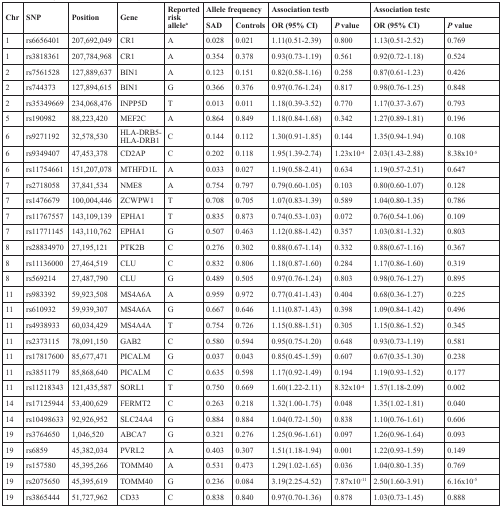
<table><thead><tr><td rowspan="2"><b>Chr</b></td><td rowspan="2"><b>SNP</b></td><td rowspan="2"><b>Position</b></td><td rowspan="2"><b>Gene</b></td><td rowspan="2"><b>Reported risk allele<sup>a</sup></b></td><td colspan="2"><b>Allele frequency</b></td><td colspan="2"><b>Association test<sup>b</sup></b></td><td colspan="2"><b>Association test<sup>c</sup></b></td></tr><tr><td><b>SAD</b></td><td><b>Controls</b></td><td><b>OR (95% CI)</b></td><td><b><i>P</i> value</b></td><td><b>OR (95% CI)</b></td><td><b><i>P</i> value</b></td></tr></thead><tbody><tr><td>1</td><td>rs6656401</td><td>207,692,049</td><td>CR1</td><td>A</td><td>0.028</td><td>0.021</td><td>1.11(0.51-2.39)</td><td>0.800</td><td>1.13(0.51-2.52)</td><td>0.769</td></tr><tr><td>1</td><td>rs3818361</td><td>207,784,968</td><td>CR1</td><td>A</td><td>0.354</td><td>0.378</td><td>0.93(0.73-1.19)</td><td>0.561</td><td>0.92(0.72-1.18)</td><td>0.524</td></tr><tr><td>2</td><td>rs7561528</td><td>127,889,637</td><td>BIN1</td><td>A</td><td>0.123</td><td>0.151</td><td>0.82(0.58-1.16)</td><td>0.258</td><td>0.87(0.61-1.23)</td><td>0.426</td></tr><tr><td>2</td><td>rs744373</td><td>127,894,615</td><td>BIN1</td><td>G</td><td>0.366</td><td>0.376</td><td>0.97(0.76-1.24)</td><td>0.817</td><td>0.98(0.76-1.25)</td><td>0.848</td></tr><tr><td>2</td><td>rs35349669</td><td>234,068,476</td><td>INPP5D</td><td>T</td><td>0.013</td><td>0.011</td><td>1.18(0.39-3.52)</td><td>0.770</td><td>1.17(0.37-3.67)</td><td>0.793</td></tr><tr><td>5</td><td>rs190982</td><td>88,223,420</td><td>MEF2C</td><td>A</td><td>0.864</td><td>0.849</td><td>1.18(0.84-1.68)</td><td>0.342</td><td>1.27(0.89-1.81)</td><td>0.196</td></tr><tr><td>6</td><td>rs9271192</td><td>32,578,530</td><td>HLA-DRB5-HLA-DRB1</td><td>C</td><td>0.144</td><td>0.112</td><td>1.30(0.91-1.85)</td><td>0.144</td><td>1.35(0.94-1.94)</td><td>0.108</td></tr><tr><td>6</td><td>rs9349407</td><td>47,453,378</td><td>CD2AP</td><td>C</td><td>0.202</td><td>0.118</td><td>1.95(1.39-2.74)</td><td>1.23 × 10<sup>−4</sup></td><td>2.03(1.43-2.88)</td><td>8.38 × 10<sup>−5</sup></td></tr><tr><td>6</td><td>rs11754661</td><td>151,207,078</td><td>MTHFD1L</td><td>A</td><td>0.033</td><td>0.027</td><td>1.19(0.58-2.41)</td><td>0.634</td><td>1.19(0.57-2.51)</td><td>0.647</td></tr><tr><td>7</td><td>rs2718058</td><td>37,841,534</td><td>NME8</td><td>A</td><td>0.754</td><td>0.797</td><td>0.79(0.60-1.05)</td><td>0.103</td><td>0.80(0.60-1.07)</td><td>0.128</td></tr><tr><td>7</td><td>rs1476679</td><td>100,004,446</td><td>ZCWPW1</td><td>T</td><td>0.708</td><td>0.705</td><td>1.07(0.83-1.39)</td><td>0.589</td><td>1.04(0.80-1.35)</td><td>0.786</td></tr><tr><td>7</td><td>rs11767557</td><td>143,109,139</td><td>EPHA1</td><td>T</td><td>0.835</td><td>0.873</td><td>0.74(0.53-1.03)</td><td>0.072</td><td>0.76(0.54-1.06)</td><td>0.109</td></tr><tr><td>7</td><td>rs11771145</td><td>143,110,762</td><td>EPHA1</td><td>G</td><td>0.507</td><td>0.463</td><td>1.12(0.88-1.42)</td><td>0.357</td><td>1.03(0.81-1.32)</td><td>0.803</td></tr><tr><td>8</td><td>rs28834970</td><td>27,195,121</td><td>PTK2B</td><td>C</td><td>0.276</td><td>0.302</td><td>0.88(0.67-1.14)</td><td>0.332</td><td>0.88(0.67-1.16)</td><td>0.367</td></tr><tr><td>8</td><td>rs11136000</td><td>27,464,519</td><td>CLU</td><td>C</td><td>0.832</td><td>0.806</td><td>1.18(0.87-1.60)</td><td>0.284</td><td>1.17(0.86-1.60)</td><td>0.319</td></tr><tr><td>8</td><td>rs569214</td><td>27,487,790</td><td>CLU</td><td>G</td><td>0.489</td><td>0.505</td><td>0.97(0.76-1.24)</td><td>0.803</td><td>0.98(0.76-1.27)</td><td>0.895</td></tr><tr><td>11</td><td>rs983392</td><td>59,923,508</td><td>MS4A6A</td><td>A</td><td>0.959</td><td>0.972</td><td>0.77(0.41-1.43)</td><td>0.404</td><td>0.68(0.36-1.27)</td><td>0.225</td></tr><tr><td>11</td><td>rs610932</td><td>59,939,307</td><td>MS4A6A</td><td>G</td><td>0.667</td><td>0.646</td><td>1.11(0.87-1.43)</td><td>0.398</td><td>1.09(0.84-1.42)</td><td>0.496</td></tr><tr><td>11</td><td>rs4938933</td><td>60,034,429</td><td>MS4A4A</td><td>T</td><td>0.754</td><td>0.726</td><td>1.15(0.88-1.51)</td><td>0.305</td><td>1.15(0.86-1.52)</td><td>0.345</td></tr><tr><td>11</td><td>rs2373115</td><td>78,091,150</td><td>GAB2</td><td>C</td><td>0.580</td><td>0.594</td><td>0.95(0.75-1.20)</td><td>0.648</td><td>0.93(0.73-1.19)</td><td>0.581</td></tr><tr><td>11</td><td>rs17817600</td><td>85,677,471</td><td>PICALM</td><td>G</td><td>0.037</td><td>0.043</td><td>0.85(0.45-1.59)</td><td>0.607</td><td>0.67(0.35-1.30)</td><td>0.238</td></tr><tr><td>11</td><td>rs3851179</td><td>85,868,640</td><td>PICALM</td><td>C</td><td>0.635</td><td>0.598</td><td>1.17(0.92-1.49)</td><td>0.194</td><td>1.19(0.93-1.52)</td><td>0.177</td></tr><tr><td>11</td><td>rs11218343</td><td>121,435,587</td><td>SORL1</td><td>T</td><td>0.750</td><td>0.669</td><td>1.60(1.22-2.11)</td><td>8.32 × 10<sup>−4</sup></td><td>1.57(1.18-2.09)</td><td>0.002</td></tr><tr><td>14</td><td>rs17125944</td><td>53,400,629</td><td>FERMT2</td><td>C</td><td>0.263</td><td>0.218</td><td>1.32(1.00-1.75)</td><td>0.048</td><td>1.35(1.02-1.81)</td><td>0.040</td></tr><tr><td>14</td><td>rs10498633</td><td>92,926,952</td><td>SLC24A4</td><td>G</td><td>0.884</td><td>0.884</td><td>1.04(0.72-1.50)</td><td>0.838</td><td>1.10(0.76-1.61)</td><td>0.606</td></tr><tr><td>19</td><td>rs3764650</td><td>1,046,520</td><td>ABCA7</td><td>G</td><td>0.321</td><td>0.276</td><td>1.25(0.96-1.61)</td><td>0.097</td><td>1.26(0.96-1.64)</td><td>0.093</td></tr><tr><td>19</td><td>rs6859</td><td>45,382,034</td><td>PVRL2</td><td>A</td><td>0.403</td><td>0.307</td><td>1.51(1.18-1.94)</td><td>0.001</td><td>1.22(0.93-1.59)</td><td>0.149</td></tr><tr><td>19</td><td>rs157580</td><td>45,395,266</td><td>TOMM40</td><td>A</td><td>0.531</td><td>0.473</td><td>1.29(1.02-1.65)</td><td>0.036</td><td>1.04(0.80-1.35)</td><td>0.769</td></tr><tr><td>19</td><td>rs2075650</td><td>45,395,619</td><td>TOMM40</td><td>G</td><td>0.236</td><td>0.084</td><td>3.19(2.25-4.52)</td><td>7.87 × 10<sup>−11</sup></td><td>2.50(1.60-3.91)</td><td>6.16 × 10<sup>−5</sup></td></tr><tr><td>19</td><td>rs3865444</td><td>51,727,962</td><td>CD33</td><td>C</td><td>0.838</td><td>0.840</td><td>0.97(0.70-1.36)</td><td>0.878</td><td>1.03(0.73-1.45)</td><td>0.888</td></tr></tbody></table>